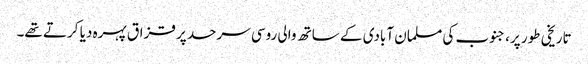
تاریخی طور پر، جنوب کی مسلمان آبادی کے ساتھ والی روسی سرحد پر قزاق پہرہ دیا کرتے تھے۔